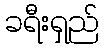
ခရီးရှည်